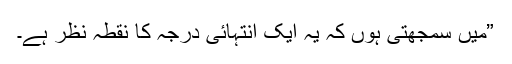
”میں سمجھتی ہوں کہ یہ ایک انتہائی درجہ کا نقطہ نظر ہے۔